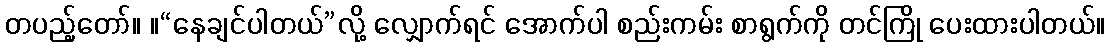
တပည့်တော်။ ။“နေချင်ပါတယ်”လို့ လျှောက်ရင် အောက်ပါ စည်းကမ်း စာရွက်ကို တင်ကြို ပေးထားပါတယ်။